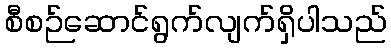
စီစဉ်ဆောင်ရွက်လျက်ရှိပါသည်